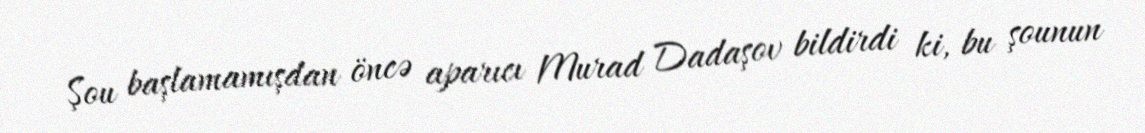
Şou başlamamışdan öncə aparıcı Murad Dadaşov bildirdi ki, bu şounun